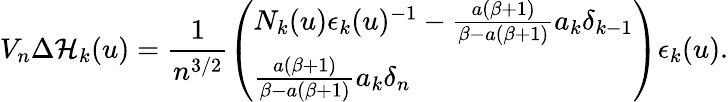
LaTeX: V_{n}\Delta\mathcal{H}_{k}(u)=\frac{1}{n^{3/2}}\left(\begin{array}{l}{N_{k}(u)\epsilon_{k}(u)^{-1}-\frac{a(\beta+1)}{\beta-a(\beta+1)}a_{k}\delta_{k-1}}\\ {\frac{a(\beta+1)}{\beta-a(\beta+1)}a_{k}\delta_{n}}\end{array}\right)\epsilon_{k}(u).